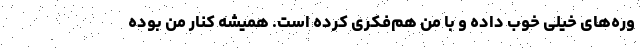
وره‌های خیلی خوب داده و با من هم‌فکری کرده است. همیشه کنار من بوده